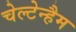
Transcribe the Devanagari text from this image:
चेल्टेन्हैम